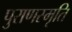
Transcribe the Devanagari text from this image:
पुराणस्मृति